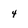
Character: 4